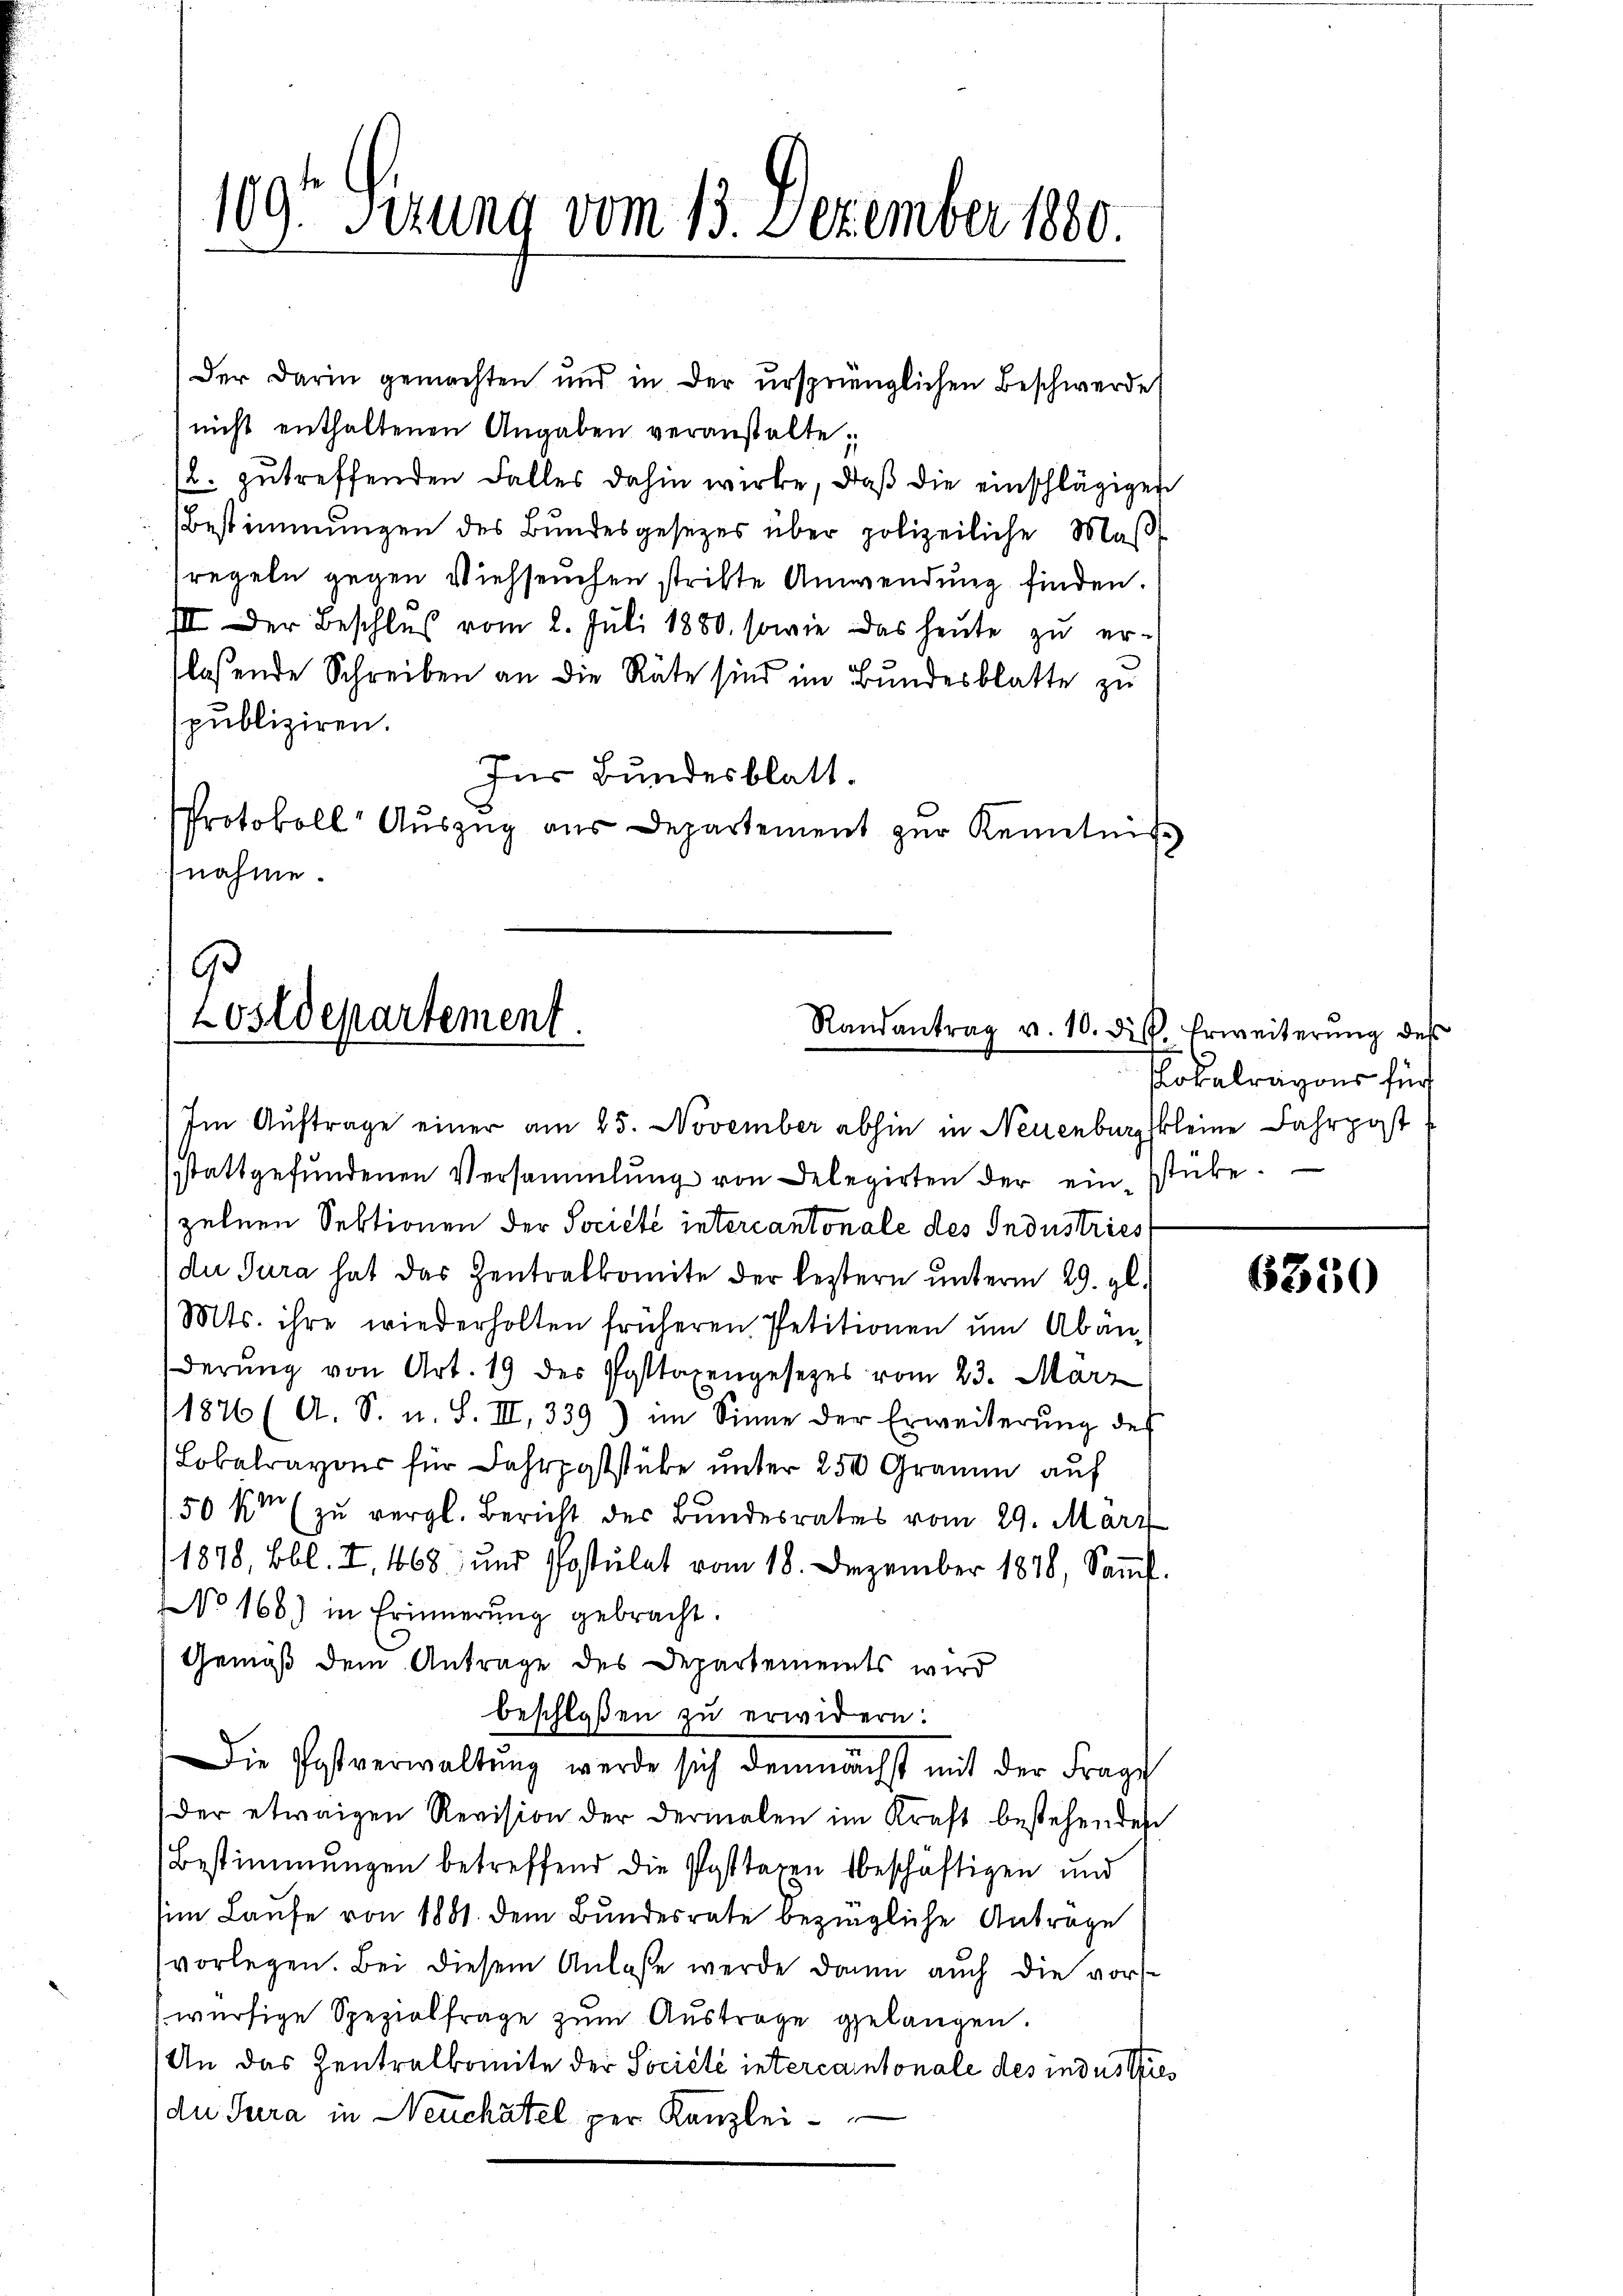
109. Sizung vom 13. Dezember 1880.

Der Darin gemachten und in der ursprünglichen Beschwerde
nicht enthaltenen Angaben veranstalte;
2. zutreffenden Falles dahin wirke, daß die einschlägigen
Bestimmungen des Bundesgesetzes über polizeiliche Maß
regeln gegen Viehseuchen strikte Anwendung finden.
III Der Beschlŭβ vom 2. Juli 1880, sowie das heŭte zŭ er-
flassende Schreiben an die Räte sind im Bundesblatte zu
publiziren.
Für Bundesblatt.
Protokoll Aŭszŭg aŭs Departement zŭr Kenntniß
nahme.

9
Lostdepartement.
Randantrag v. 10. dis. Erweiterŭng des

Im Auftrage einer am 25. November abhin in Neuenburg kleine Fahrpost
stattgefundenen Versammlung von Delegirten der einstücke.
zelnen Sektionen der Société intercantonale des Industriest
die Jura hat das Zentralkomite der lestern unterm 29. gl.
Mts. ihre wiederholten früheren Petitionen ŭm Abänderung von Art. 19 des Posttaxengesetzes vom 23. März
1876 (A. S. u. S. III, 339) im Sinne der Erweiterŭng des
Lokalravour für Fahrpoststube unter 250 Gramm auf
50 km (zu vergl. Bericht der Bundesrates vom 29. März
1878, Bbl. I, 1668, und Postulat vom 18. Dezember 1878, Saṁt.
NNo 168) in Erinnerung gebracht.
Gemäß dem Antrage des Departements wird
beschloßen zu erwidern:
Die Postverwaltŭng werde sich demnächst mit der Frage
der etwaigen Revision der dermalen im Kraft bestehenden
Bestimmungen betreffend die Posttagen beschäftigen und
sim Laufe von 1881. dem Bundesrate bezingliche Anträge
vorlegen. Bei diesem Anlasse werde dann auch die vorwürfige Spezialfrage zum Austrage gelangen.
An das Zentralkomite der Société intercantonale des industres
du Jura in Neuchatel per Kanzlei-

Kokalragons für

6350